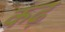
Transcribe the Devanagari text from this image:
कढ़